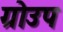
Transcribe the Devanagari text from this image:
ग्रोउप